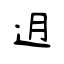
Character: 迌